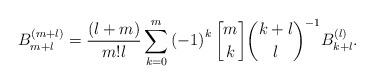
LaTeX: \begin{align*}B_{m+l}^{\left( m+l\right) }=\frac{\left( l+m\right) }{m!l}\sum_{k=0}^{m}\left( -1\right) ^{k}\genfrac{[}{]}{0pt}{}{m}{k}\binom{k+l}{l}^{-1}B_{k+l}^{\left( l\right) }. \end{align*}